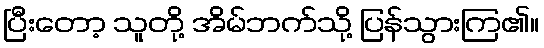
ပြီးတော့ သူတို့ အိမ်ဘက်သို့ ပြန်သွားကြ၏။